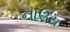
નાઉસ